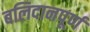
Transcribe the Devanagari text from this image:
बलिदानपूर्ण